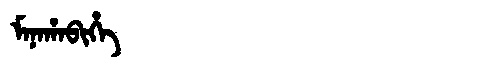
Manchu: ᠮᠠᠨᠠᡥᠠᠪᡳᡥᡝ
Romanization: MANAHABIHE